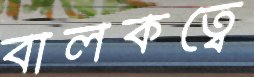
বালকত্বে